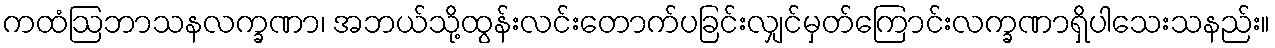
ကထံဩဘာသနလက္ခဏာ၊ အဘယ်သို့ထွန်းလင်းတောက်ပခြင်းလျှင်မှတ်ကြောင်းလက္ခဏာရှိပါသေးသနည်း။